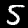
Label: 5